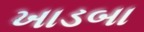
ખાડબા